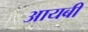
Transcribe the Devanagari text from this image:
आयबी